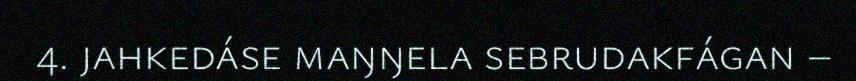
4. jahkedáse maŋŋela sebrudakfágan –